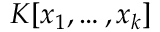
K [ x _ { 1 } , \ldots , x _ { k } ]